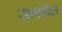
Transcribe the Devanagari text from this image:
समपित